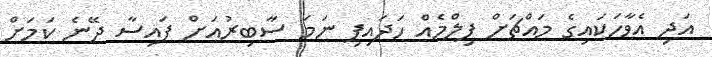
އަދި އެވާހަކައިގެ މައްޗަށް ފިލްމެއް ހަދައިފި ނަމަ ސާބިރުއަށް ފައިސާ ދޭނެ ކަމަށް